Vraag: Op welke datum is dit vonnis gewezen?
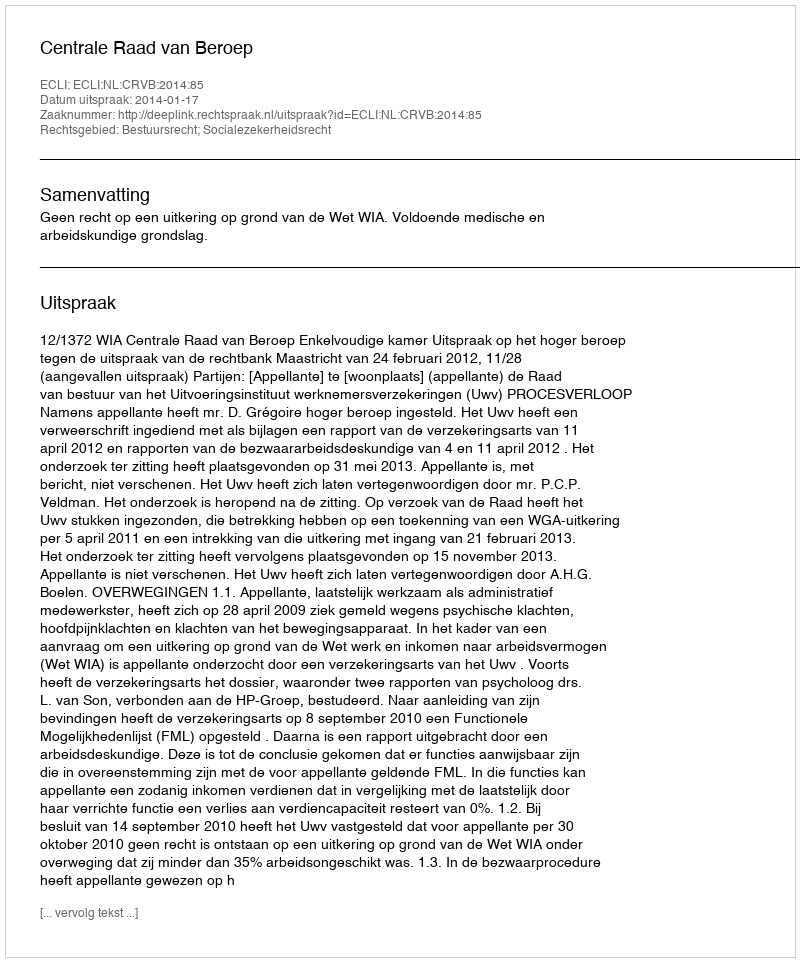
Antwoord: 2014-01-17